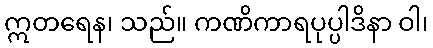
ဣတရေန၊ သည်။ ကဏိကာရပုပ္ပါဒိနာ ဝါ၊